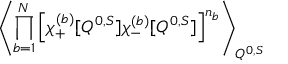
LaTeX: \left\langle \prod _ { b = 1 } ^ { N } \left[ \chi _ { + } ^ { ( b ) } [ Q ^ { 0 , S } ] \chi _ { - } ^ { ( b ) } [ Q ^ { 0 , S } ] \right] ^ { n _ { b } } \right\rangle _ { Q ^ { 0 , S } } \;